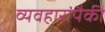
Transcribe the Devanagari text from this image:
व्यवहारांपैकी